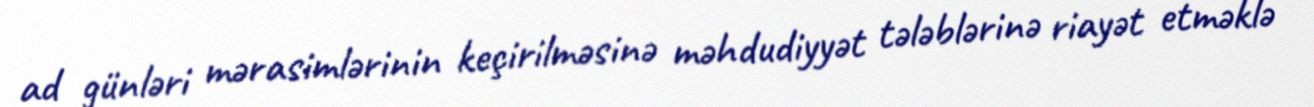
ad günləri mərasimlərinin keçirilməsinə məhdudiyyət tələblərinə riayət etməklə